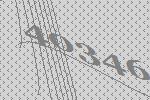
40346